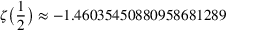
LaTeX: \zeta { \bigl ( } { \frac { 1 } { 2 } } { \bigr ) } \approx - 1 . 4 6 0 3 5 4 5 0 8 8 0 9 5 8 6 8 1 2 8 9